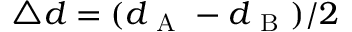
\triangle d = ( d _ { \mathrm { ~ A ~ } } - d _ { \mathrm { ~ B ~ } } ) / 2